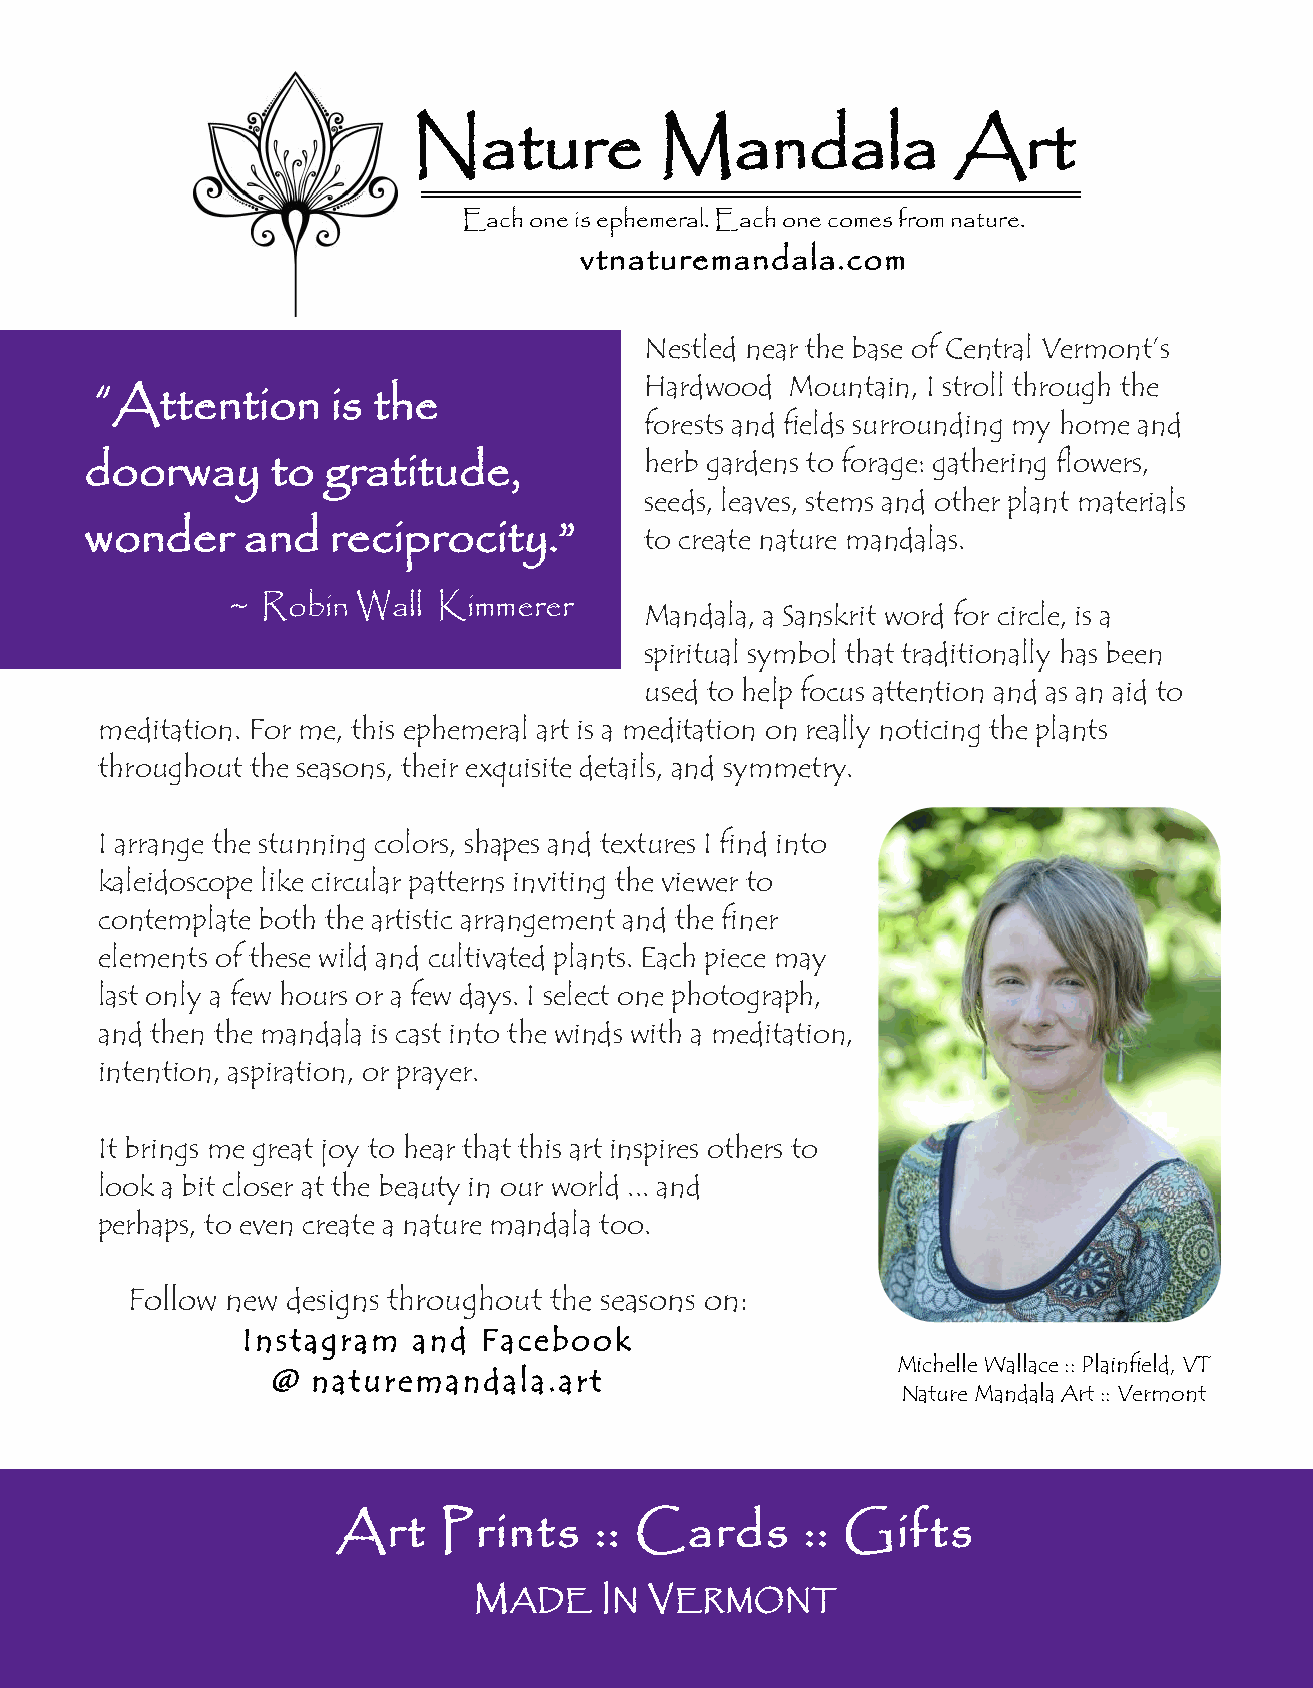
Nature           Mandala            Art
 Each one is ephemeral. Each one comes from nature.
 vtnaturemandala.com
 N Hae rs dtl wed
 o
 on de a r
 M
 t ohe
 u
 nb ta as ie
 n
 o
 ,
 If sC tre on lt lr ta hl rV oe ur gm ho tn ht e’ s
 “Attention      is the
 forests and fields surrounding my home and
 doorway     to gratitude,            herb gardens to forage: gathering flowers,
 seeds, leaves, stems and other plant materials
 wonder    and   reciprocity.”        t o c r e ate nature mandalas.
 ~ Robin  Wall Kimmerer
 Mandala, a Sanskrit word for circle, is a
 spiritual symbol that traditionally has been
 used to help focus attention and as an aid to
 meditation. For me, this ephemeral art is a meditation on really noticing the plants
 throughout the seasons, their exquisite details, and symmetry.
 I arrange the stunning colors, shapes and textures I find into
 kaleidoscope like circular patterns inviting the viewer to
 contemplate both the artistic arrangement and the finer
 elements of these wild and cultivated plants. Each piece may
 last only a few hours or a few days. I select one photograph,
 and then the mandala is cast into the winds with a meditation,
 intention, aspiration, or prayer.
 It brings me great joy to hear that this art inspires others to
 look a bit closer at the beauty in our world ... and
 perhaps, to even create a nature mandala too.
 Follow new designs throughout the seasons on:
 Instagram  and  Facebook
 Michelle Wallace :: Plainfield, VT
 @  naturemandala.art
 Nature Mandala Art :: Vermont
 Art    Prints    :: Cards      :: Gifts
 MADE     IN V ERMONT